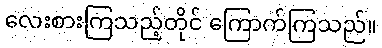
လေးစားကြသည့်တိုင် ကြောက်ကြသည်။